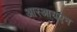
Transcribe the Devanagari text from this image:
आरआयएन